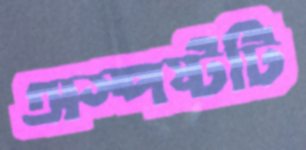
অস্পষ্টটি